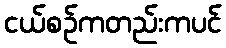
ငယ်စဉ်ကတည်းကပင်